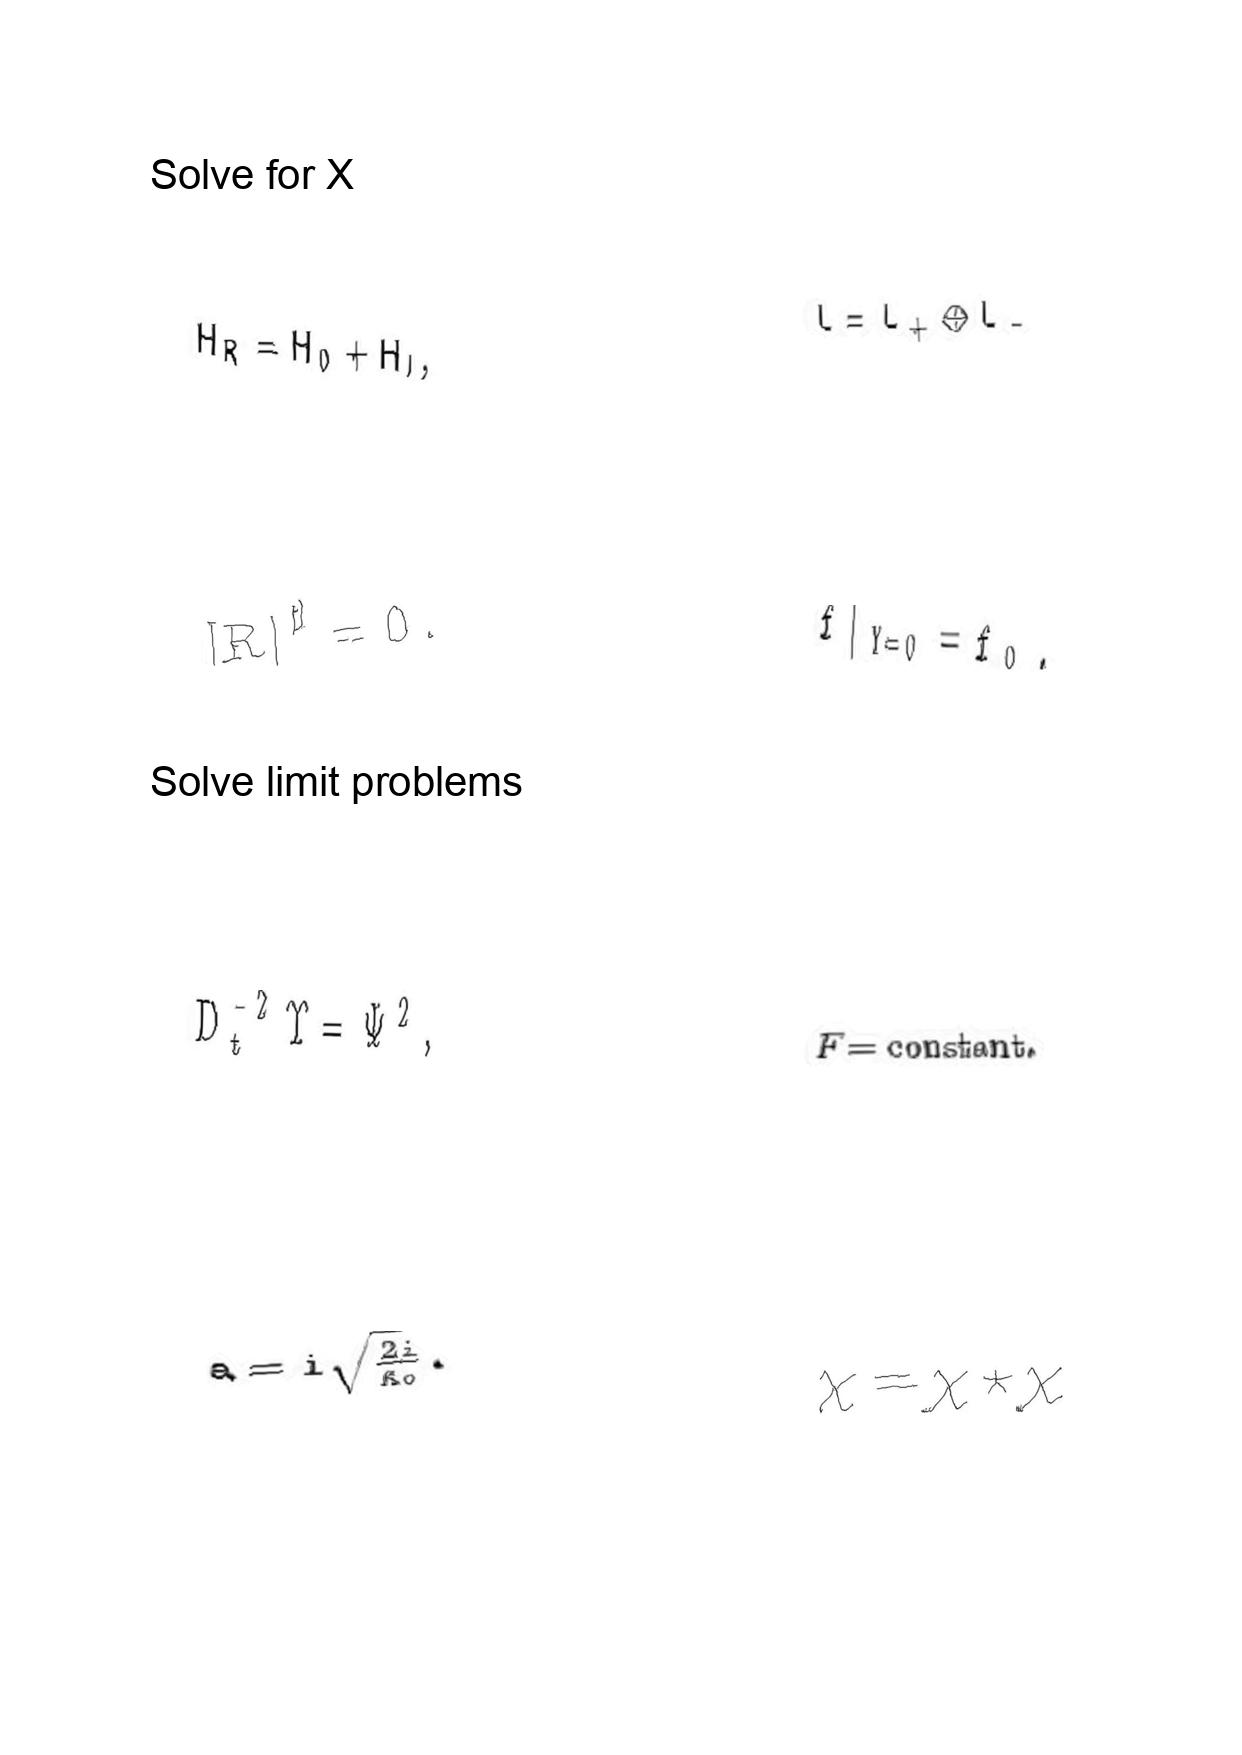
LaTeX transcription:
H _ { R } = H _ { 0 } + H _ { I } ,
\lbrack R \rbrack ^ { \sharp } = 0 .
D _ { t } ^ { - 2 } \Upsilon = \Psi ^ { 2 } ,
a = i \sqrt { \frac { 2 i } { \kappa _ { 0 } } } .
L = L _ { + } \oplus L _ { - }
f \vert _ { Y = 0 } = f _ { 0 } .
F = \mathrm { c o n s t a n t } .
\chi = \chi \star \chi